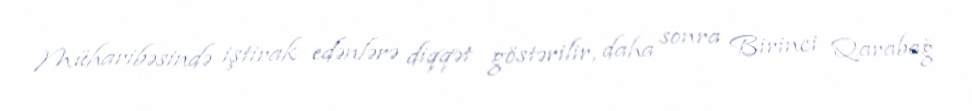
Müharibəsində iştirak edənlərə diqqət göstərilir, daha sonra Birinci Qarabağ